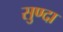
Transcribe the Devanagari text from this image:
सुण्दा